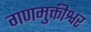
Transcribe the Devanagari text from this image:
गणमुक्तीश्वर